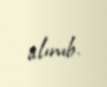
alınıb.